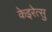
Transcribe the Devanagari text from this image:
केइरेत्सु